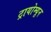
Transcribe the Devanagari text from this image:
ट्रायोम्यून